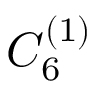
{ C } _ { 6 } ^ { ( 1 ) }